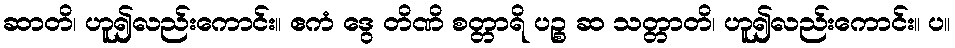
ဆာတိ၊ ဟူ၍လည်းကောင်း။ ဧကံ ဒွေ တိဏိ စတ္တာရိ ပဉ္စ ဆ သတ္တာတိ၊ ဟူ၍လည်းကောင်း။ ပ။